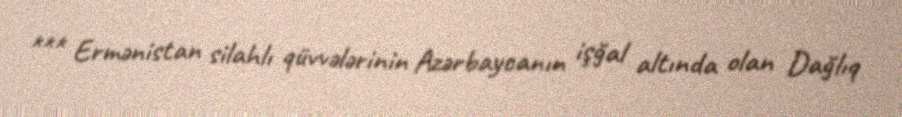
*** Ermənistan silahlı qüvvələrinin Azərbaycanın işğal altında olan Dağlıq